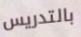
بالتدريس